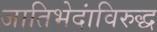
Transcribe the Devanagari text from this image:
जातिभेदांविरुद्ध